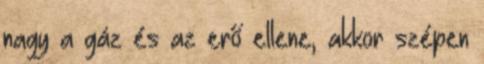
nagy a gáz és az erő ellene, akkor szépen